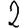
Digit: 2